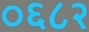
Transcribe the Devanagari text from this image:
०६८२